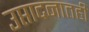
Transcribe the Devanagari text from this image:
उप्तादनातही